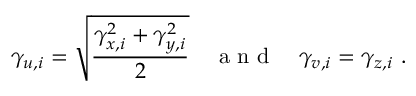
\gamma _ { u , i } = \sqrt { \frac { \gamma _ { x , i } ^ { 2 } + \gamma _ { y , i } ^ { 2 } } { 2 } } \quad \mathrm { ~ a ~ n ~ d ~ } \quad \gamma _ { v , i } = \gamma _ { z , i } \mathrm { ~ . ~ }